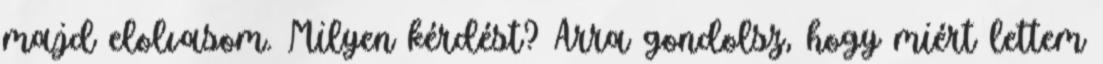
majd elolvasom. Milyen kérdést? Arra gondolsz, hogy miért lettem